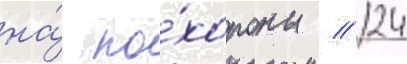
на́ по́хороны // 24